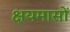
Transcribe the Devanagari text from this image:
क्षयमासों